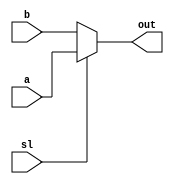
//

module mux_2 (
    a,
    b,
    sl,
    out
);
    
    input  a ;
    input  b ;
    input  sl ;
    output out ;
    reg out;


    always @(a or b or sl) begin//
        if (sl) begin
            out=a;
        end else begin
            out=b;
        end
    end



endmodule